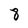
Character: 8